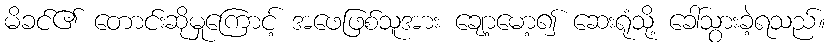
မိခင်၏ တောင်းဆိုမှုကြောင့် အဖေဖြစ်သူအား ချော့မော့၍ ဆေးရုံသို့ ခေါ်သွားခဲ့ရသည်။